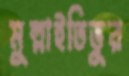
মুল্লাইতিভুর